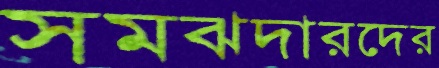
সমঝদারদের